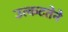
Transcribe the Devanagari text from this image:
उत्कटतेने